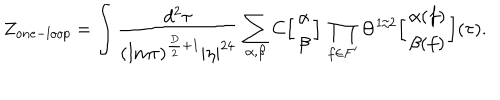
Z _ { o n e - l o o p } = \int { \frac { d ^ { 2 } \tau } { ( \mathrm { I m } \tau ) ^ { { \frac { D } { 2 } } + 1 } | \eta | ^ { 2 4 } } } \sum _ { \alpha , \beta } C \Big [ \begin{array} { c } { { \alpha } } \\ { { \beta } } \\ \end{array} \Big ] \, \prod _ { f \in F ^ { \prime } } \Theta ^ { 1 / 2 } \Big [ \begin{array} { c } { { \alpha ( f ) } } \\ { { \beta ( f ) } } \\ \end{array} \Big ] ( \tau ) .